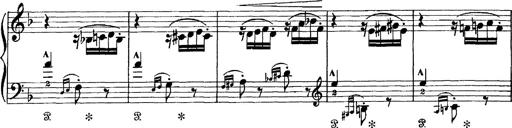
Title: Scherzo und Marsch
Composer: Franz Liszt